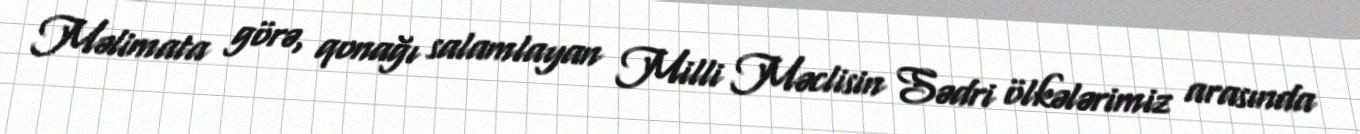
Məlimata görə, qonağı salamlayan Milli Məclisin Sədri ölkələrimiz arasında